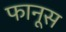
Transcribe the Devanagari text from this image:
फानूस